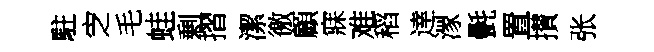
駐㝎毛蛙剰摺潔徼顧寐难稻逹潈㲲置攅张